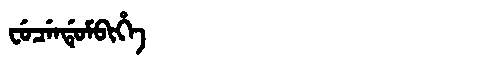
Manchu: ᠸᡠᠴᡝᠨᡩᡠᠮᠪᡳᡥᡝ
Romanization: FUCENDUMBIHE